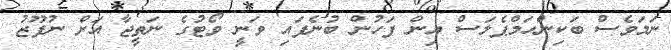
ނަމަވެސް ބަކިންހަމްޕެލަސް އިން ފަހުން ބުނެފައި ވަނީ ވޯޓުގެ ނަތީޖާ އަށް ނުފޫޒު